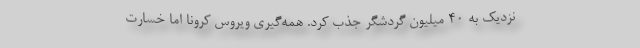
نزدیک به ۴۰ میلیون گردشگر جذب کرد. همه‌گیری ویروس کرونا اما خسارت